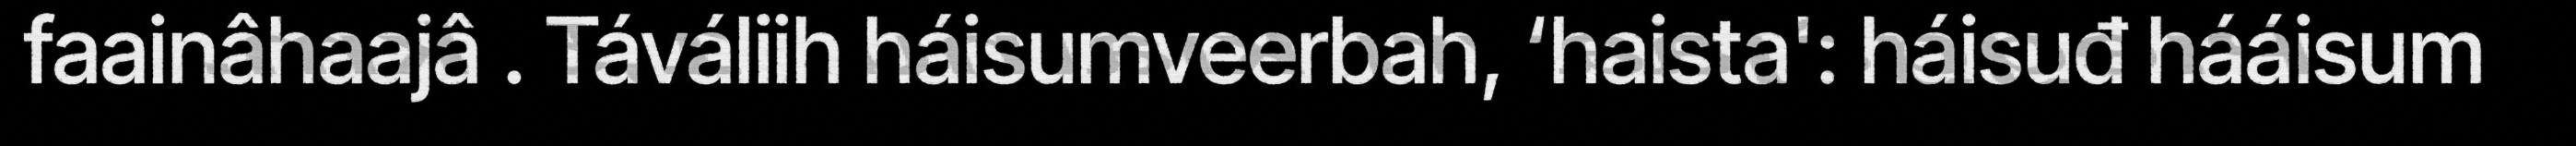
faainâhaajâ . Táváliih háisumveerbah, ‘haista': háisuđ hááisum